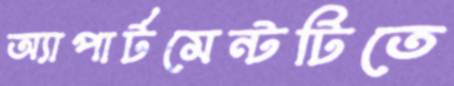
অ্যাপার্টমেন্টটিতে